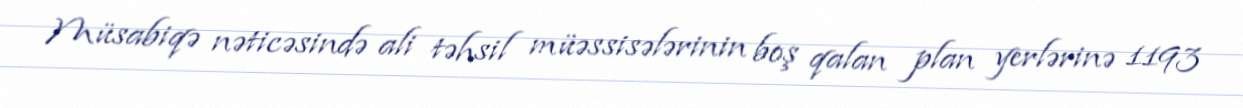
Müsabiqə nəticəsində ali təhsil müəssisələrinin boş qalan plan yerlərinə 1193